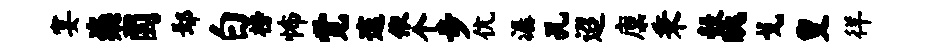
宴粢圜鄢白榜怖觉邃依个步伉潺孔迢廪秉彀眺戈叟徉